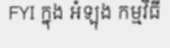
FYI ក្នុង អំឡុង កម្មវិធី